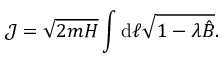
\mathcal { J } = \sqrt { 2 m H } \int \mathrm { d } \ell \sqrt { 1 - \lambda \hat { B } } .